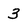
Character: 3